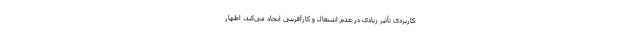
کاربردی تأثیر زیادی در عدم اشتغال و کارآفرینی ایجاد می‌کند، اظهار